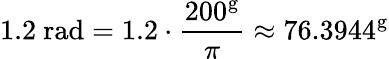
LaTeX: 1.2{\mathrm{~rad}}=1.2\cdot{\frac{200^{\mathrm{g}}}{\pi}}\approx 76.3944^{\mathrm{g}}